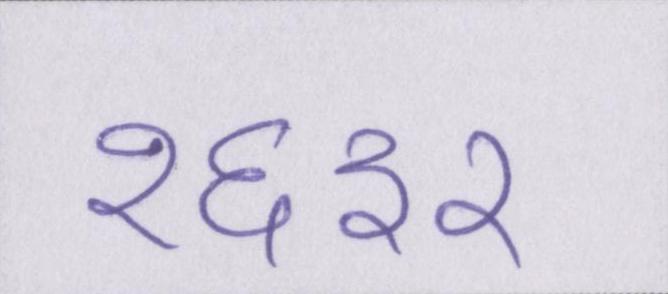
१६३२